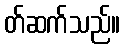
တ်ဆက်သည်။